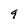
Character: 9